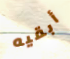
أبقيه